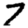
Digit: 7